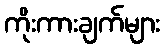
ကိုးကားချက်များ